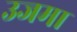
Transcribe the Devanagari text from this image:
उजमा